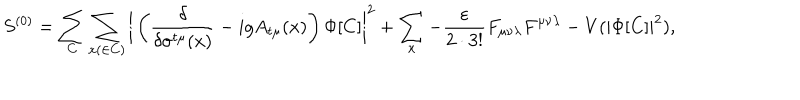
S ^ { ( 0 ) } = \sum _ { C } \sum _ { x ( \in C ) } \bigg | \left( \frac { \delta } { \delta \sigma ^ { t \mu } ( x ) } - i g A _ { t \mu } ( x ) \right) \Phi [ C ] \bigg | ^ { 2 } + \sum _ { x } - \frac { \varepsilon } { 2 \cdot 3 ! } F _ { \mu \nu \lambda } F ^ { \mu \nu \lambda } - V ( | \Phi [ C ] | ^ { 2 } ) ,